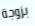
بزوجة